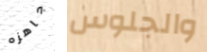
جاهزه والجلوس